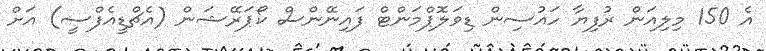
އެ 150 މިލިއަން ރުފިޔާ ހައުސިން ޑިވަލޮޕްމަންޓް ފައިނޭންސް ކޯޕަރޭޝަން (އެޗްޑީއެފްސީ) އަށް